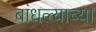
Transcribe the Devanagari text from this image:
बांधल्याच्या